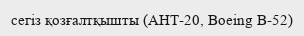
сегіз қозғалтқышты (АНТ-20, Boeing B-52)